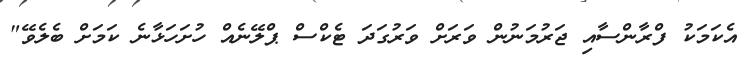
އެކަމަކު ފްރާންސާއި ޖަރުމަނުން ވަރަށް ވަރުގަދަ ޓެކްސް ޕްލޭނެއް ހުށަހަޅާނެ ކަމަށް ބެލެވޭ"